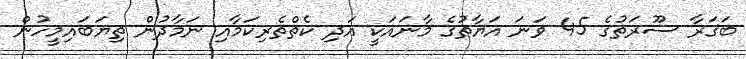
ބަޤަރާ ސޫރަތުގެ 45 ވަނަ އަޔާތުގެ މާނައަކީ އަދި ކެތްތެރިކަމާއި ނަމާދުން ތިޔަބައިމީހުން